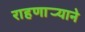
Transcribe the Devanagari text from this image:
राहणार्‍याने